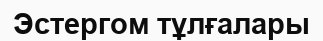
Эстергом тұлғалары